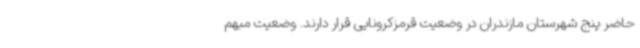
حاضر پنج شهرستان مازندران در وضعیت قرمزکرونایی قرار دارند. وضعیت مبهم